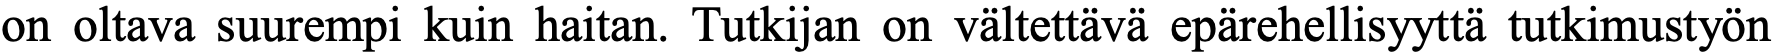
on oltava suurempi kuin haitan. Tutkijan on vältettävä epärehellisyyttä tutkimustyön